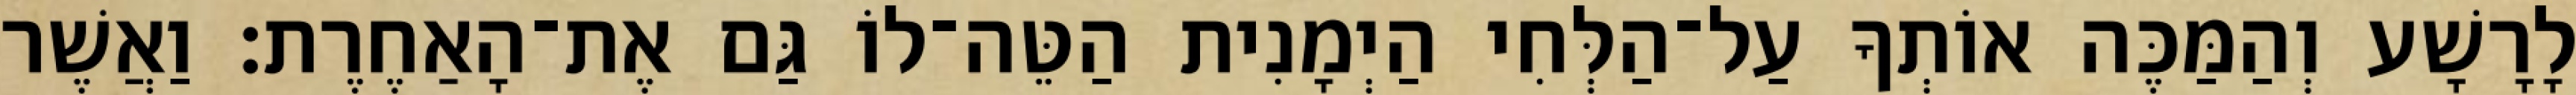
לָרָשָׁע וְהַמַּכֶּה אוֹתְךָ עַל־הַלְּחִי הַיְמָנִית הַטֵּה־לוֹ גַּם אֶת־הָאַחֶרֶת׃ וַאֲשֶׁר